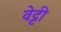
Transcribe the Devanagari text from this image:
वेट्टी